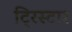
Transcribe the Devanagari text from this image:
ट्रिस्‍टार